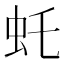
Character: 虴